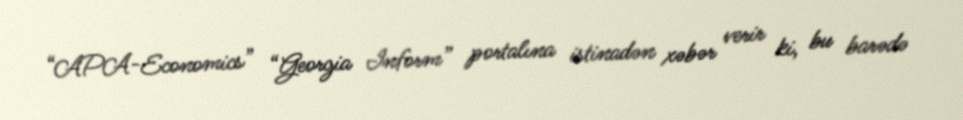
“APA-Economics” “Georgia Inform” portalına istinadən xəbər verir ki, bu barədə